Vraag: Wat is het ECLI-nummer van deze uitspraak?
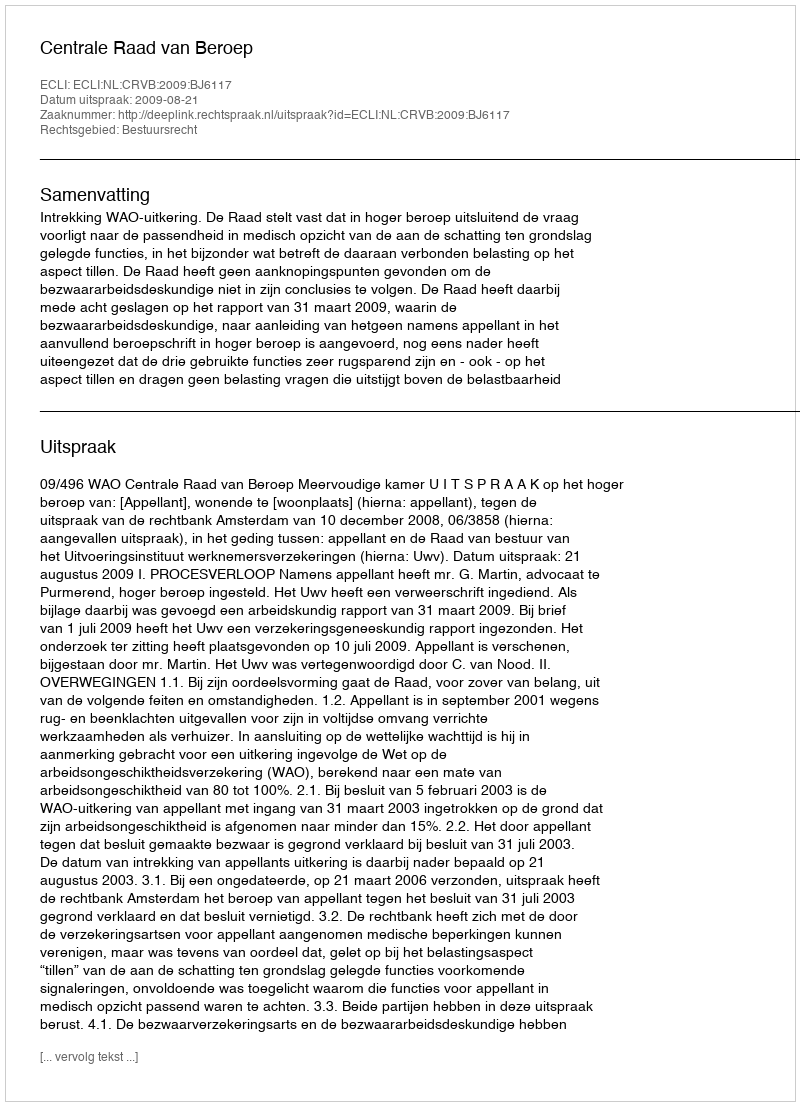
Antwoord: ECLI:NL:CRVB:2009:BJ6117